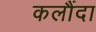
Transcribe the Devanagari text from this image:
कलौंदा